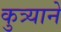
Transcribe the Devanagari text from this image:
कुत्र्याने